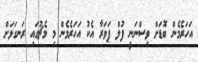
އަހަރެމެން ބޮޑަށް ވިސްނަނީ ފުލް ޕަވަރާ އެކު އަހަރެމެން މި މެޗުގައި ރަނގަޅަށް